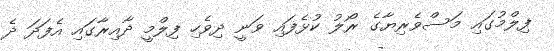
ފިލްމުގައި މަސްވެރިޔާގެ ރޯލު ކުޅެފައި ވަނީ ދިވެހި ފިލްމީ ދާއިރާގައި އެފަދަ ދެ